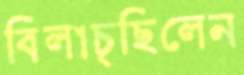
বিলাচ্ছিলেন